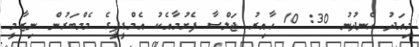
މިއަދު ހެނދުނު 30: 10 ހާއިރު ޖަލްސާ ފެށުމާއެކު އެމްޑީޕީގެ މެމްބަރުން ނިޒާމީ